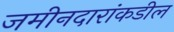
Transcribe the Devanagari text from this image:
जमीनदारांकडील